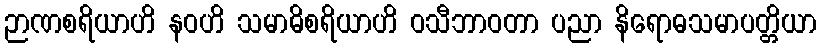
ဉာဏစရိယာဟိ နဝဟိ သမာဓိစရိယာဟိ ဝသီဘာဝတာ ပညာ နိရောဓသမာပတ္တိယာ